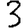
Digit: 3